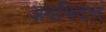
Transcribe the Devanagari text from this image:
अवभिदत्त